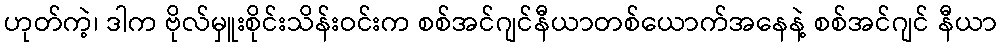
ဟုတ်ကဲ့၊ ဒါက ဗိုလ်မှူးစိုင်းသိန်းဝင်းက စစ်အင်ဂျင်နီယာတစ်ယောက်အနေနဲ့ စစ်အင်ဂျင် နီယာ